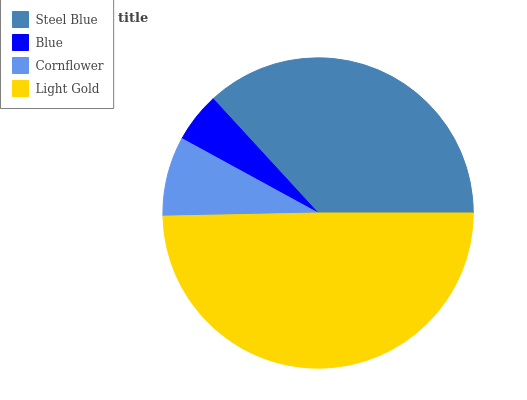
| Steel Blue | Blue | Cornflower | Light Gold |
 | --- | --- | --- | --- |
 | 36.8% | 5.22% | 8.28% | 49.7% |